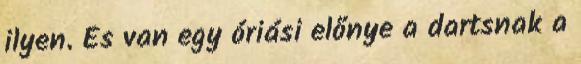
ilyen. És van egy óriási előnye a dartsnak a